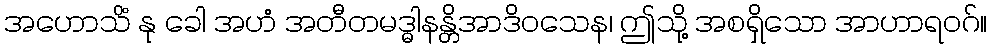
အဟောသိံ နု ခေါ အဟံ အတီတမဒ္ဓါနန္တိအာဒိဝသေန၊ ဤသို့ အစရှိသော အာဟာရဝဂ်။